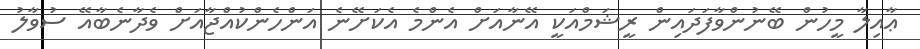
ޢާއިލާ މީހުން ބޭނުންވާފަދައިން ރީޝަމްއަކީ އޭނާއަށް އެންމެ އެކަށޭނެ އަންހެންކުއްޖާއަށް ވެދާނެބާއޭ ސުވާލު